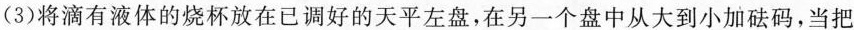
（3）将滴有液体的烧杯放在已调好的天平左盘，在另一个盘中从大到小加砝码，当把